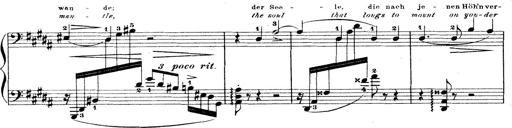
Title: Wagner-Liszt Album
Composer: Franz Liszt